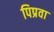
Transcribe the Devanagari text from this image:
पिप्रवा